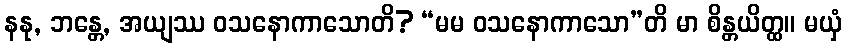
နနု, ဘန္တေ, အယျဿ ဝသနောကာသောတိ? “မမ ဝသနောကာသော”တိ မာ စိန္တယိတ္ထ။ မယှံ